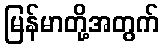
မြန်မာတို့အတွက်